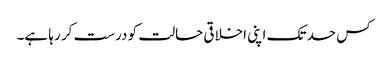
کس حد تک اپنی اخلاقی حالت کو درست کر رہا ہے۔